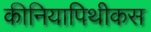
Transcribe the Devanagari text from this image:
कीनियापिथीकस